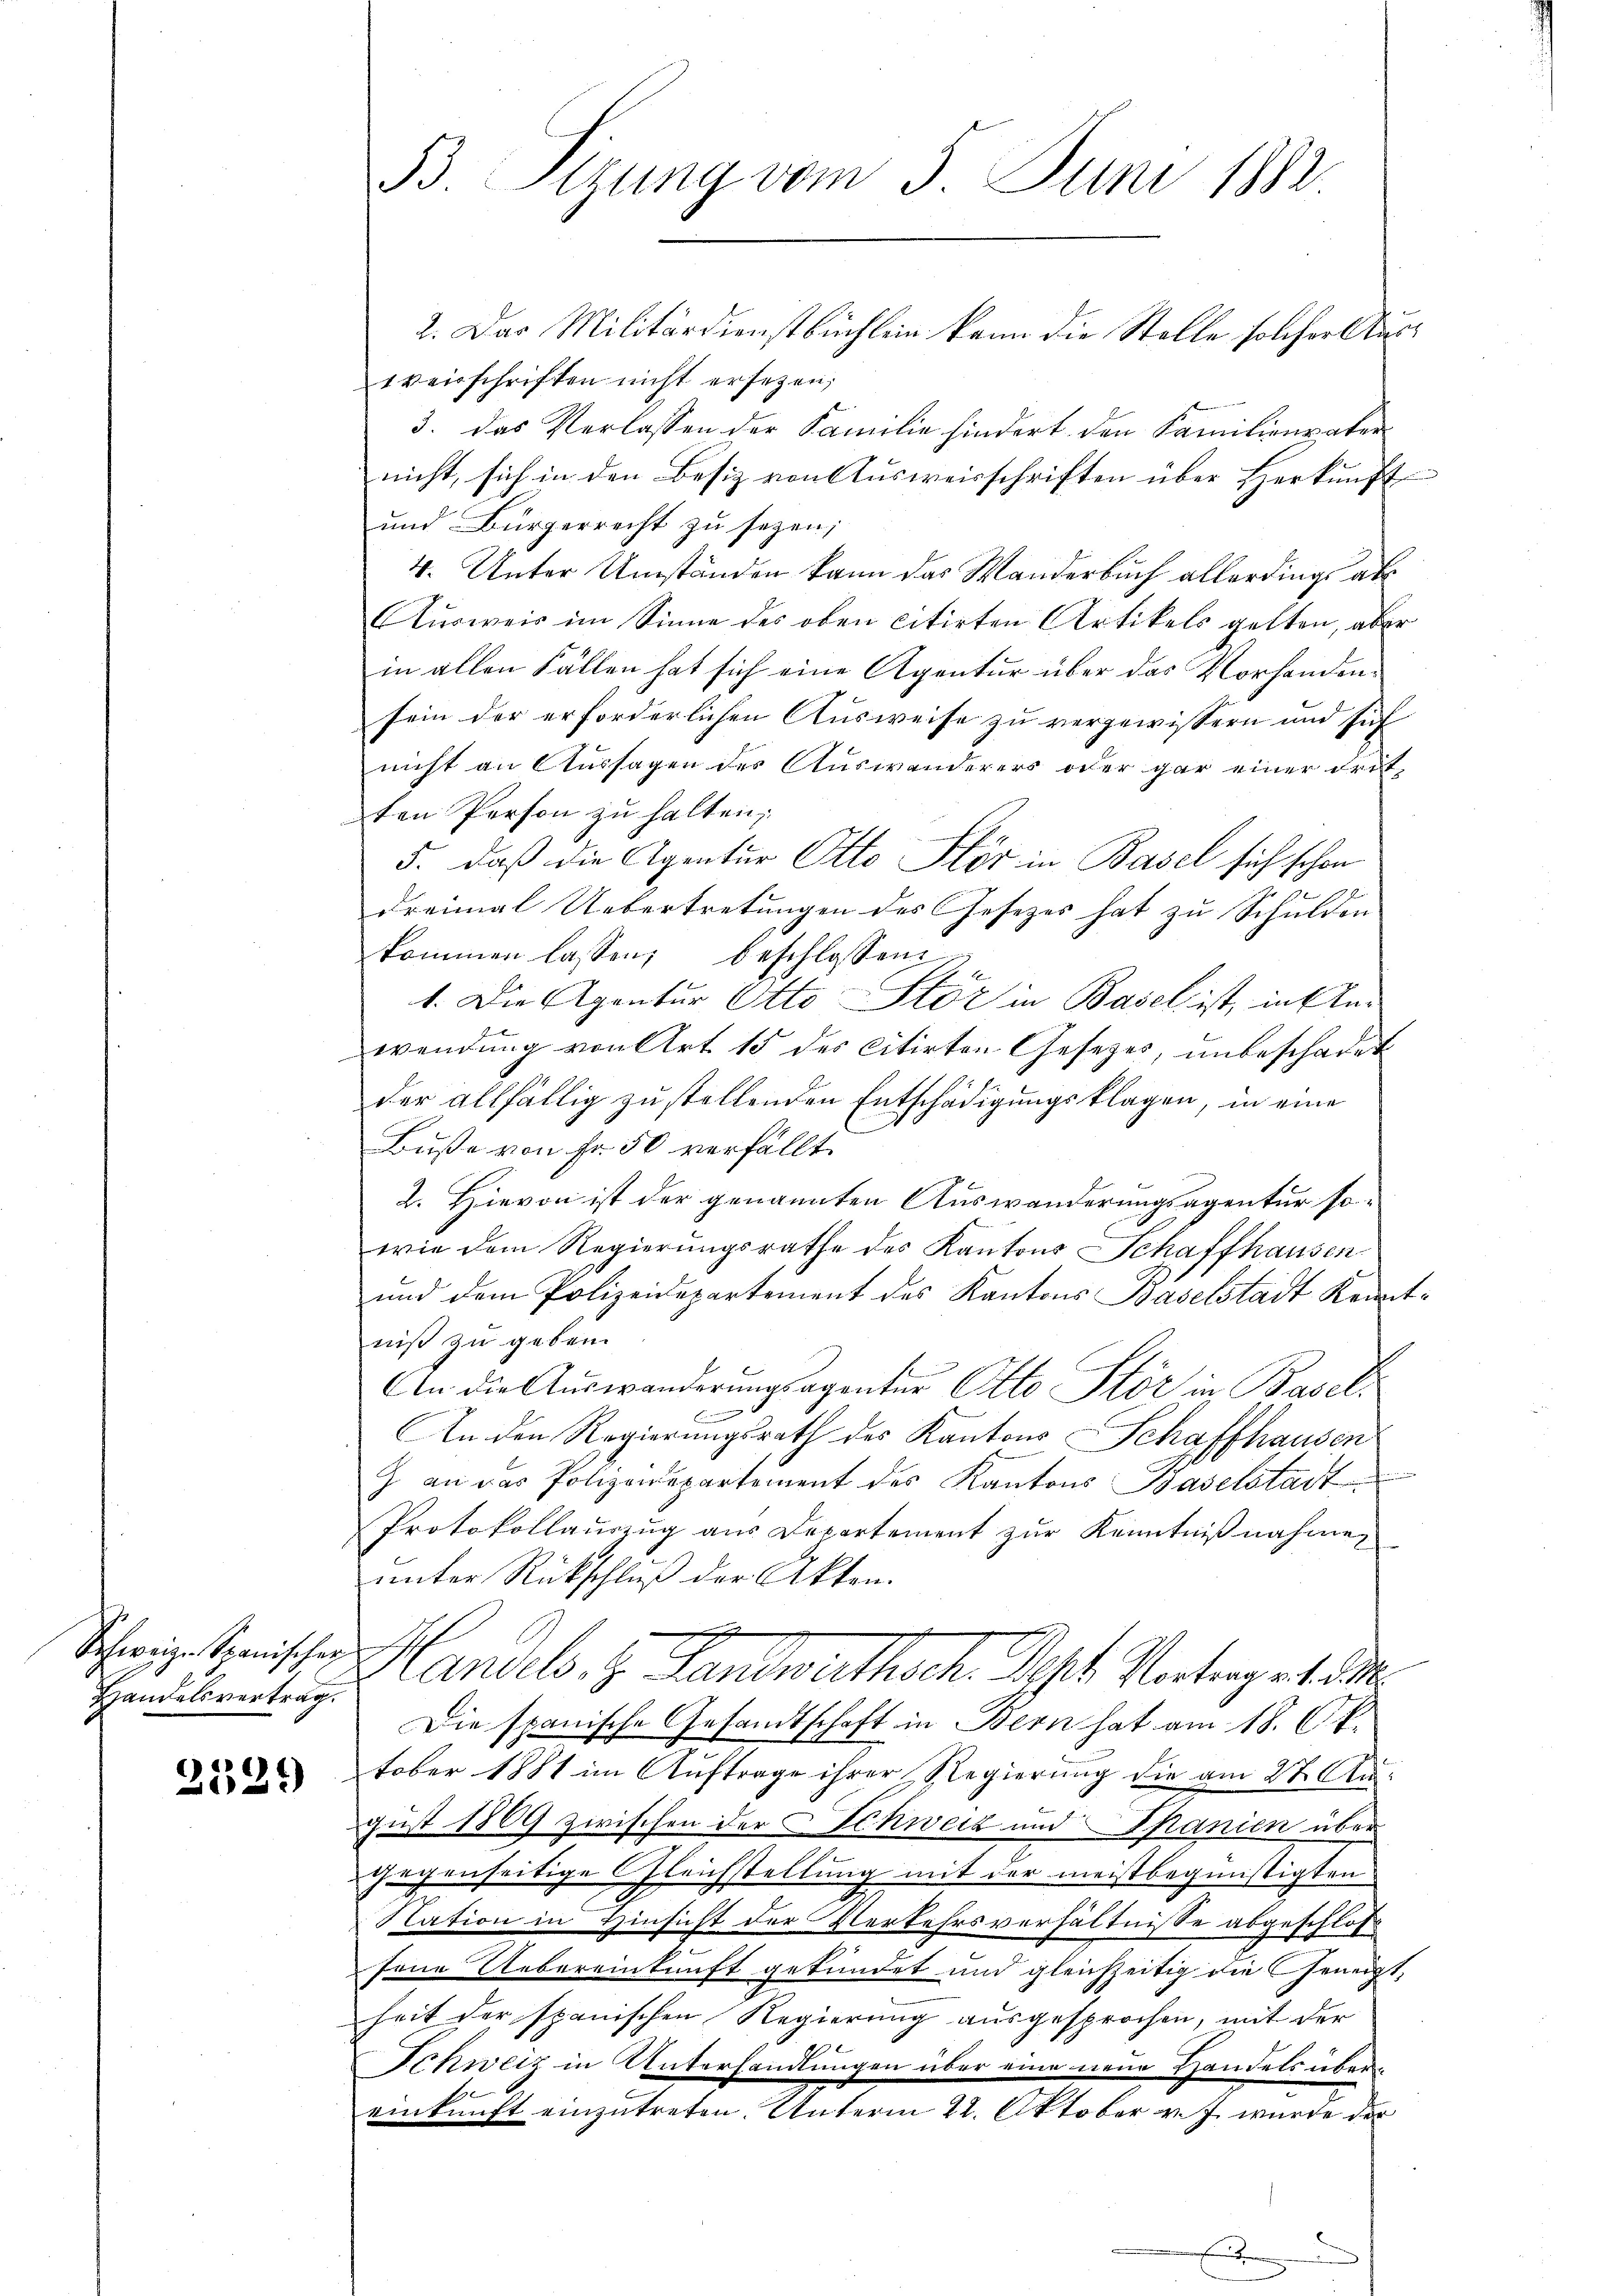
Schweiz. Spanischer
Handelsvertrag.

2521)

B. Etzung vom 3. Juni 1882

2. Das Militärdienstbüchlein kann die Stelle solcher Auseverschriften nicht ersetzen,
3. das Verlassen der Familie hindert den Familien aber
nicht, sich in den Besiz von Ausweisschriften über Herkunft
und Bürgerrecht zu seyen;
4. Unter Umständen kann das Manderbuch allerdings ab
Ausweis im Sinne des oben citirten Artikels gelten, aber
in allen Fällen hat sich eine Agentur über das Vorhandensein der erforderlichen Ausweise zu vergewissern und sich
nicht an Aussagen des Auswanderers oder gar einer dritten Person zu halten;
5. daß die Agentur Otto Stör in Basel sich schon
dreimal Uebertretungen des Gesezes hat zu Schulden
kommen lassen, beschlossen
1. Die Agentur Otto Stör in Basel ist, in klei
wendung von Art. 15 des citirten Gesetzes, unbeschadet
der allfällig zu stellenden Entschädigungsklagen, in eine
Buße von Fr. 50 verfällt.
2. Hievon ist der genannten Auswanderungsagentur sowie dem Regierungsrathe des Kantons Schaffhausen
und dem Polizeidepartement des Kantons Baselstadt Kenntniß zu geben.
An die Aŭswänderŭngsagenter Otto Stör in Basel.
An den Regierungsrath des Kantons Schaffhausen
Z. an das Polizeidepartement des Kantons Baselstadt
Protokollauszug aus Departement zur Kenntnißnahme,
unter Rückschluß der Akten.
d
Handels. z. Landwirthsch. Sept. Vortrag v. 1. M
Die spanische Gesandtschaft in Bern hat am 18. Oktober 1881 im Auftrage ihrer Regierung die am 27. Au
gust 1869 zwischen der Schweiz und Spanien über
gegenseitige Gleichstellung mit der meistbegünstigten
Nation in Hinsicht der Verkehrsverhältnisse abgeschloß
sene Uebereinkunft gekündet und gleichzeitig die Geneigt,
heit der spanischen Regierung ausgesprochen, mit der
Schweiz in Unterhandlungen über eine neue Handels übereinkunft einzutreten. Unterm 22. Oktober v. J. wurde der